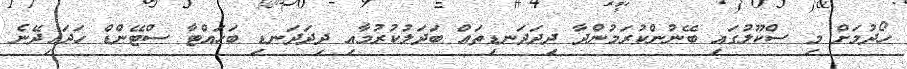
ހޯދުމަށް މި ސްކޫލުގައި ބޭނުންކުރަމުންދާ ދިދަދަނޑިތައް ބަދަލުކުރުމާއި ދިދަދަނޑި ބަހައްޓާ ސްޓޭންޑް ހަދައިދޭނެ